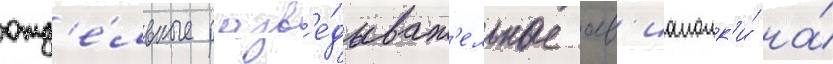
отд'е́льные разв'е́дыват'ельные ав'иаполк'и́ на́